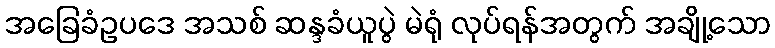
အခြေခံဥပဒေ အသစ် ဆန္ဒခံယူပွဲ မဲရုံ လုပ်ရန်အတွက် အချို့သော